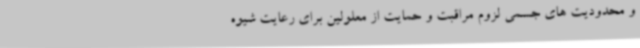
و محدودیت های جسمی لزوم مراقبت و حمایت از معلولین برای رعایت شیوه